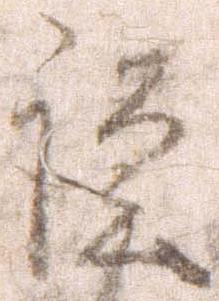
謹